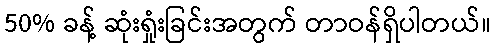
50% ခန့် ဆုံးရှုံးခြင်းအတွက် တာဝန်ရှိပါတယ်။